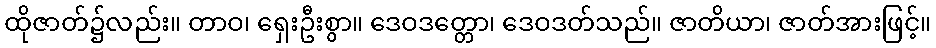
ထိုဇာတ်၌လည်း။ တာဝ၊ ရှေးဦးစွာ။ ဒေဝဒတ္တော၊ ဒေဝဒတ်သည်။ ဇာတိယာ၊ ဇာတ်အားဖြင့်။